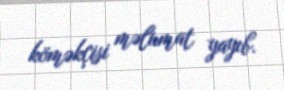
köməkçisi məlumat yayıb.